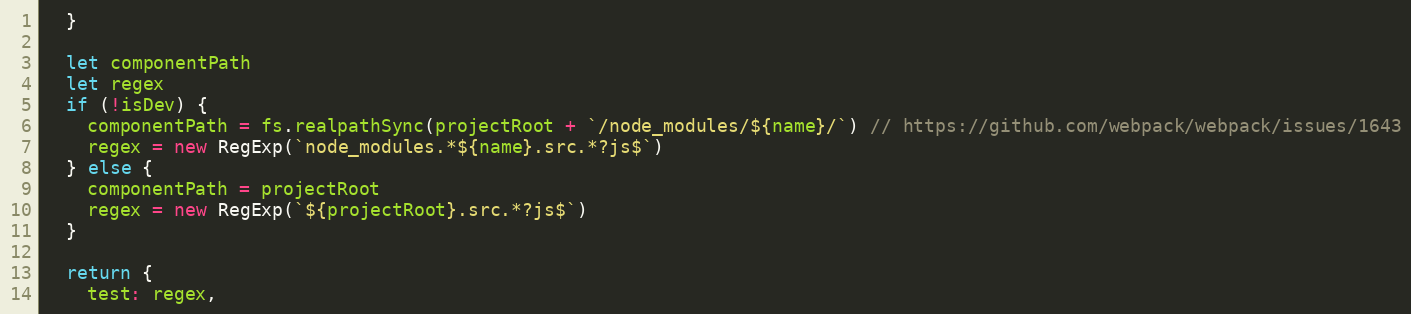
Language: JavaScript
  }

  let componentPath
  let regex
  if (!isDev) {
    componentPath = fs.realpathSync(projectRoot + `/node_modules/${name}/`) // https://github.com/webpack/webpack/issues/1643
    regex = new RegExp(`node_modules.*${name}.src.*?js$`)
  } else {
    componentPath = projectRoot
    regex = new RegExp(`${projectRoot}.src.*?js$`)
  }

  return {
    test: regex,